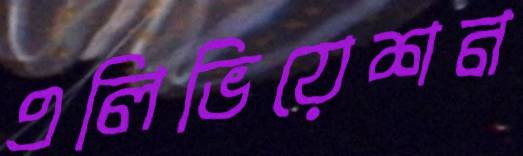
এলিভিয়েশন